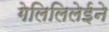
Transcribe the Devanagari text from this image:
गेलिलिलेईने